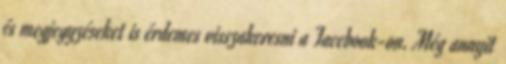
és megjegyzéseket is érdemes visszakeresni a Facebook-on. Még annyit